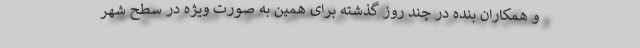
و همکاران بنده در چند روز گذشته برای همین به صورت ویژه در سطح شهر